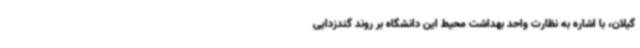
گیلان، با اشاره به نظارت واحد بهداشت محیط این دانشگاه بر روند گندزدایی